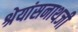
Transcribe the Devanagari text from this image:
श्रेयांसनाथजी